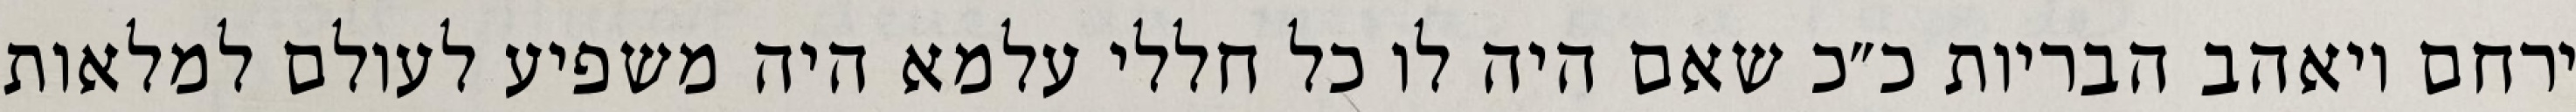
ירחם ויאהב הבריות כ״כ שאם היה לו כל חללי עלמא היה משפיע לעולם למלאות